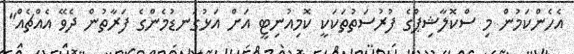
އެހެންކަމުން މި ސްކޮލާޝިޕްގެ ފުރުސަތުތަކަކީ ކޮމިއުނިޓީ އަށް އަޅުގަނޑުމެންގެ ފަރާތުން ދެވޭ އެއްޗެއް"